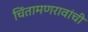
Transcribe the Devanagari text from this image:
चिंतामणरावांची